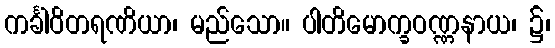
ကင်္ခါဝိတရဏိယာ၊ မည်သော။ ပါတိမောက္ခဝဏ္ဏနာယ၊ ၌၊